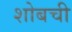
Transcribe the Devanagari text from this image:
शोबची